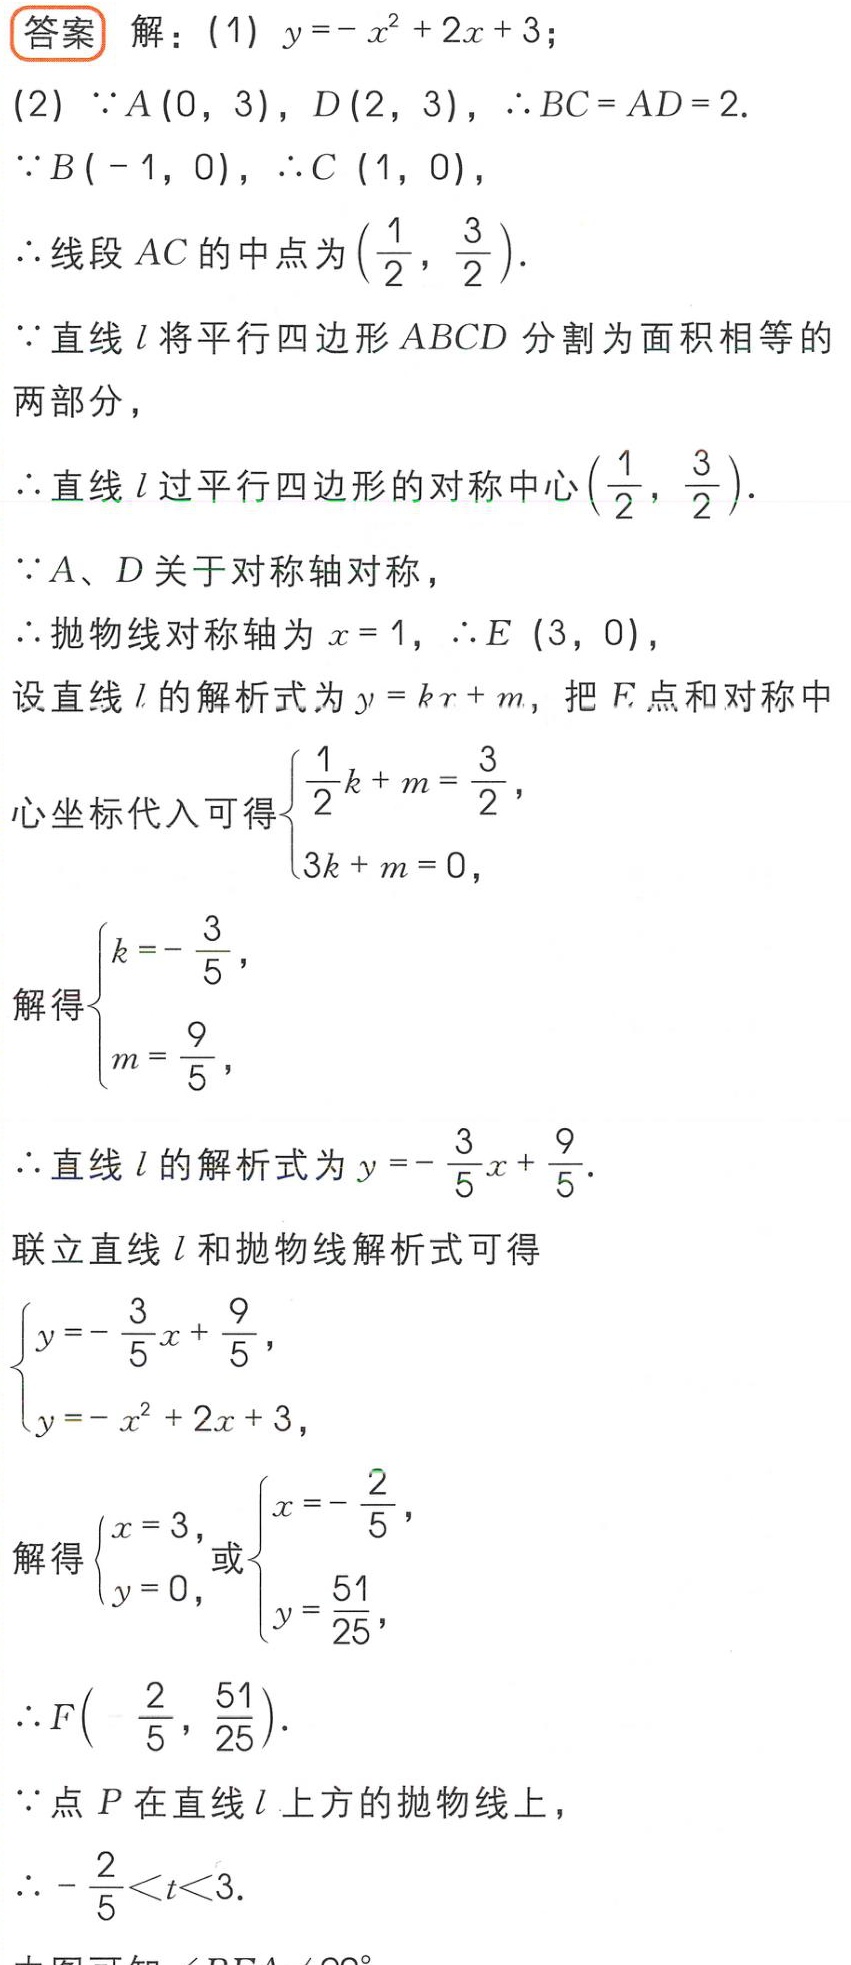
答案 解：(1) \(y = -x^{2}+2x + 3\)；

(2) \(\because A(0,3)\)，\(D(2,3)\)，\(\therefore BC = AD = 2\).

\(\because B(-1,0)\)，\(\therefore C(1,0)\)，

\(\therefore\)线段\(AC\)的中点为\((\frac{1}{2},\frac{3}{2})\).

\(\because\)直线\(l\)将平行四边形\(ABCD\)分割为面积相等的两部分，

\(\therefore\)直线\(l\)过平行四边形的对称中心\((\frac{1}{2},\frac{3}{2})\).

\(\because A\)、\(D\)关于对称轴对称，

\(\therefore\)抛物线对称轴为\(x = 1\)，\(\therefore E(3,0)\)，

设直线\(l\)的解析式为\(y = kx + m\)，把\(E\)点和对称中心坐标代入可得\(\begin{cases}\frac{1}{2}k + m=\frac{3}{2},\\3k + m = 0,\end{cases}\)

解得\(\begin{cases}k=-\frac{3}{5},\\m=\frac{9}{5},\end{cases}\)

\(\therefore\)直线\(l\)的解析式为\(y = -\frac{3}{5}x+\frac{9}{5}\).

联立直线\(l\)和抛物线解析式可得\(\begin{cases}y = -\frac{3}{5}x+\frac{9}{5},\\y = -x^{2}+2x + 3,\end{cases}\)

解得\(\begin{cases}x = 3,\\y = 0,\end{cases}\)或\(\begin{cases}x=-\frac{2}{5},\\y=\frac{51}{25},\end{cases}\)

\(\therefore F(-\frac{2}{5},\frac{51}{25})\).

\(\because\)点\(P\)在直线\(l\)上方的抛物线上，

\(\therefore -\frac{2}{5}<t<3\).

由图可知 \(\angle BEA = 90^{\circ}\)